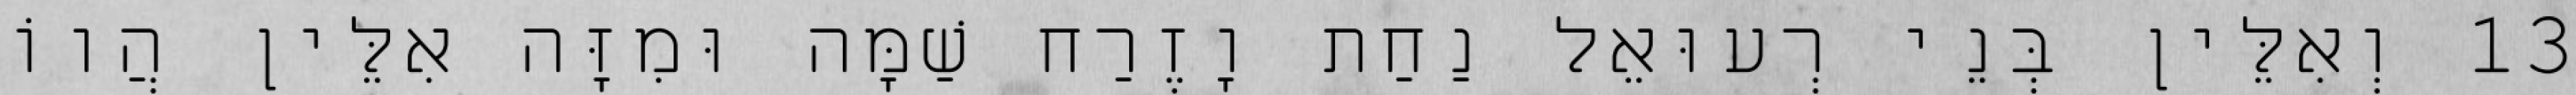
13 וְאִלֵּין בְּנֵי רְעוּאֵל נַחַת וָזֶרַח שַׁמָּה וּמִזָּה אִלֵּין הֲווֹ